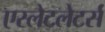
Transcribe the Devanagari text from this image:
एस्लेटलेटर्स